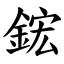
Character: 鋐